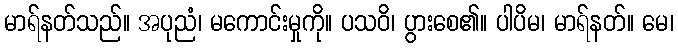
မာရ်နတ်သည်။ အပုညံ၊ မကောင်းမှုကို။ ပသဝိ၊ ပွားစေ၏။ ပါပိမ၊ မာရ်နတ်။ မေ၊